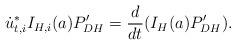
LaTeX: \begin{align*}\dot{u}^*_{t,i}I_{H,i}(a)P_{DH}'=\frac{d}{dt}(I_H(a)P_{DH}').\end{align*}